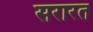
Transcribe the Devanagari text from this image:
सरारत